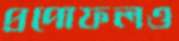
প্রপোফলও